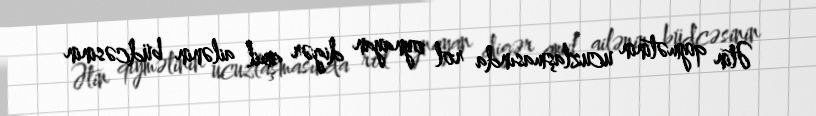
Ətin qiymətinin ucuzlaşmasında rol oynayan digər amil ailənin büdcəsinin